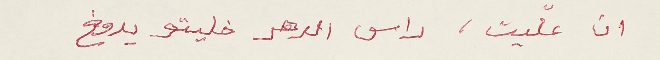
ان علّيت، راس الدهر خليتو يدوخ